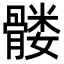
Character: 髅